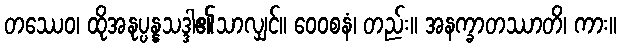
တဿေဝ၊ ထိုအနုပ္ပန္နသဒ္ဒါ၏သာလျှင်။ ဝေဝစနံ၊ တည်း။ အနက္ခာတဿာတိ၊ ကား။